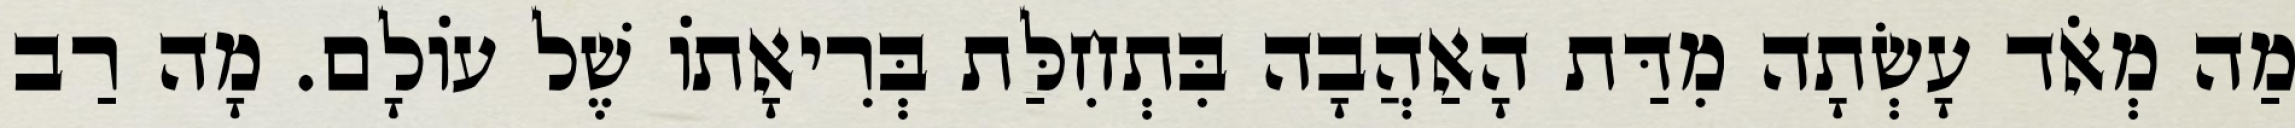
מַה מְאֹד עָשְׂתָה מִדַּת הָאַהֲבָה בִּתְחִלַּת בְּרִיאָתוֹ שֶׁל עוֹלָם. מָה רַב